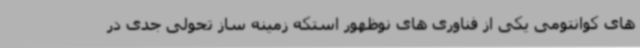
های کوانتومی یکی از فناوری های نوظهور استکه زمینه ساز تحولی جدی در